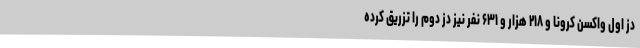
دُز اول واکسن کرونا و ۲۱۸ هزار و ۶۳۱ نفر نیز دُز دوم را تزریق کرده